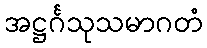
အဋ္ဌင်္ဂသုသမာဂတံ